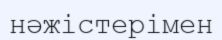
нәжістерімен